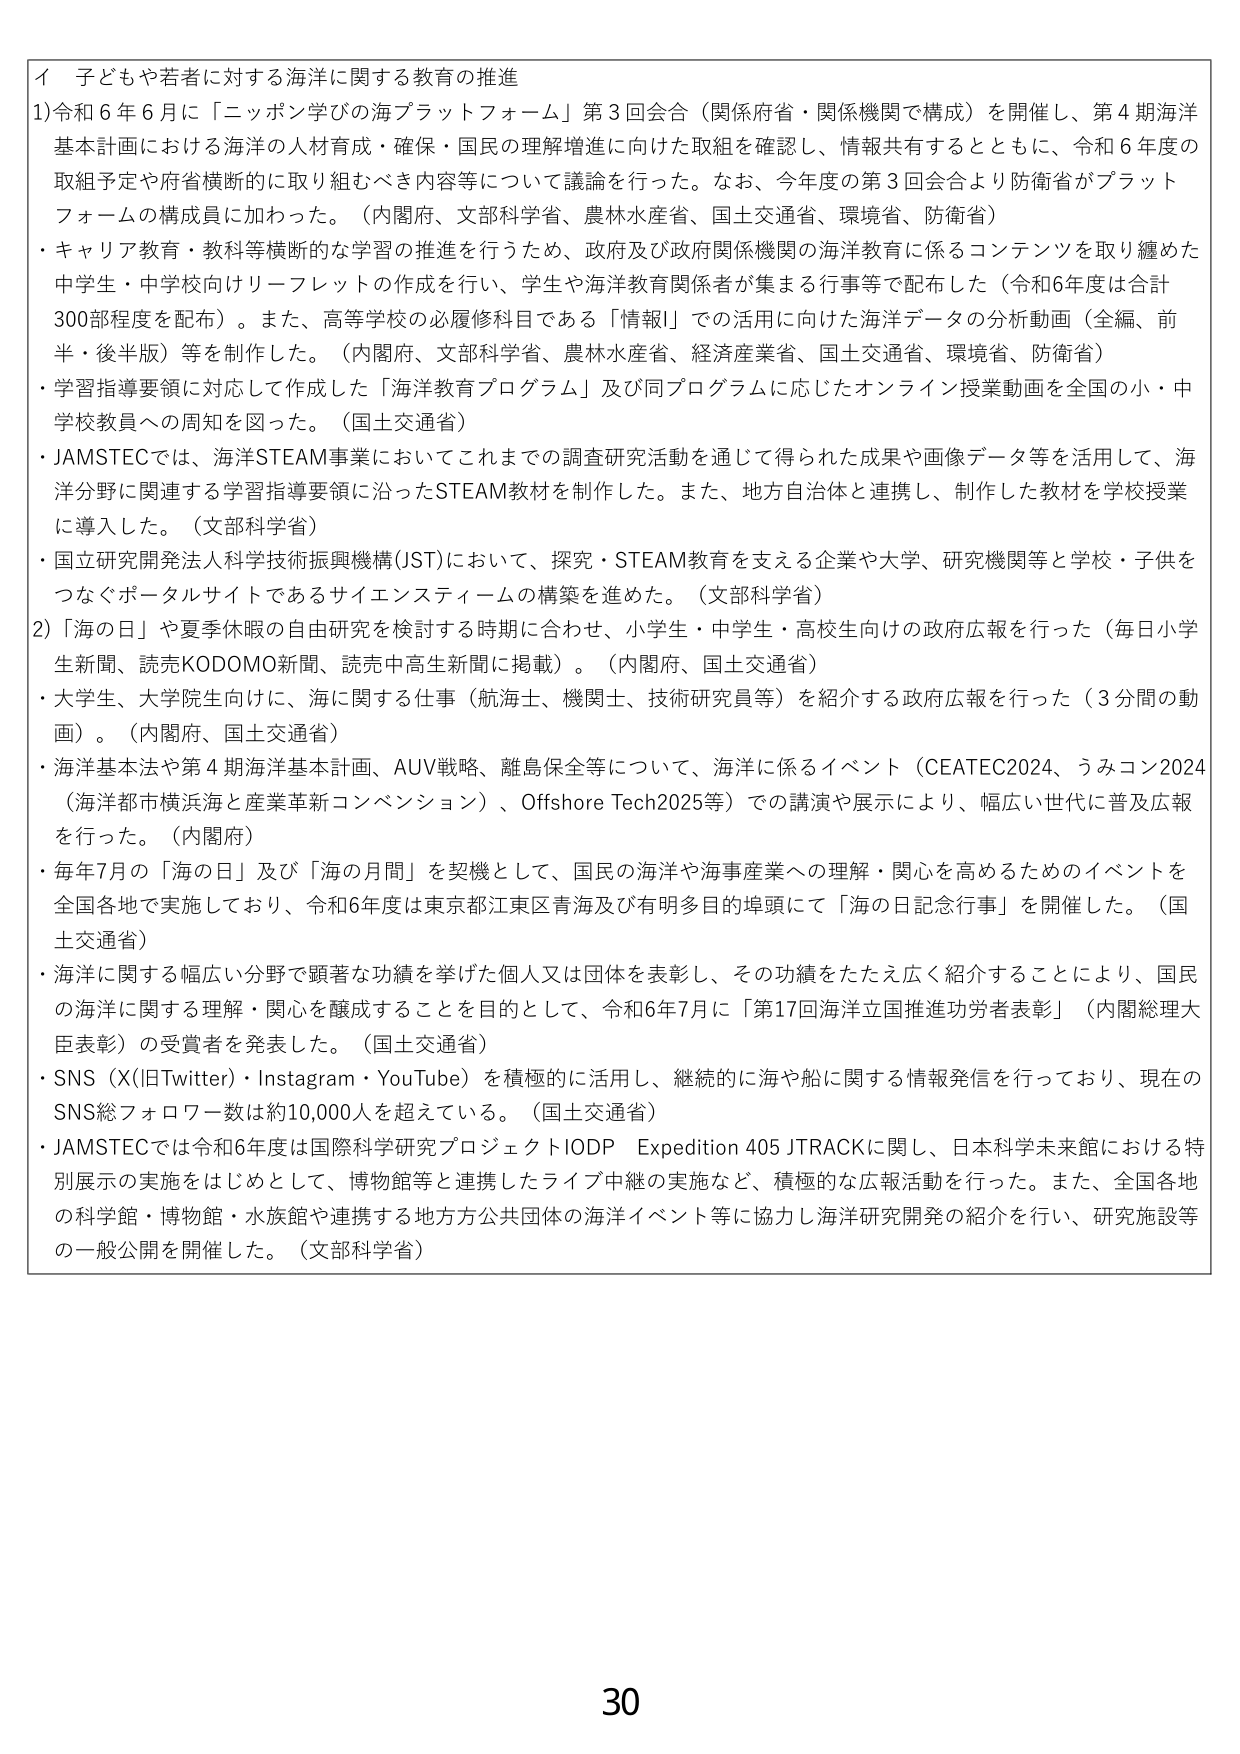
イ 子どもや若者に対する海洋に関する教育の推進
1) 令和6年6月に「ニッポン学びの海プラットフォーム」第3回会合（関係府省・関係機関で構成）を開催し、第4期海洋基本計画における海洋の人材育成・確保・国民の理解増進に向けた取組を確認し、情報共有するとともに、令和6年度の取組予定や府省横断的に取り組むべき内容等について議論を行った。なお、今年度の第3回会合より防衛省がプラットフォームの構成員に加わった。（内閣府、文部科学省、農林水産省、国土交通省、環境省、防衛省）
・キャリア教育・教科等横断的な学習の推進を行うため、政府及び政府関係機関の海洋教育に係るコンテンツを取り纏めた中学生・中学校向けリーフレットの作成を行い、学生や海洋教育関係者が集まる行事等で配布した（令和6年度は合計300部程度を配布）。また、高等学校の必履修科目である「情報」での活用に向けた海洋データの分析動画（全編、前半・後半版）等を制作した。（内閣府、文部科学省、農林水産省、経済産業省、国土交通省、環境省、防衛省）
・学習指導要領に対応して作成した「海洋教育プログラム」及び同プログラムに応じたオンライン授業動画を全国の小・中学校教員への周知を図った。（国土交通省）
・JAMSTECでは、海洋STEAM事業においてこれまでの調査研究活動を通じて得られた成果や画像データ等を活用して、海洋分野に関連する学習指導要領に沿ったSTEAM教材を制作した。また、地方自治体と連携し、制作した教材を学校授業に導入した。（文部科学省）
・国立研究開発法人科学技術振興機構(JST)において、探究・STEAM教育を支える企業や大学、研究機関等と学校・子供をつなぐポータルサイトであるサイエンスティームの構築を進めた。（文部科学省）
2) 「海の日」や夏季休暇の自由研究を検討する時期に合わせ、小学生・中学生・高校生向けの政府広報を行った（毎日小学生新聞、読売KODOMO新聞、読売中高生新聞に掲載）。（内閣府、国土交通省）
・大学生、大学院生向けに、海に関する仕事（航海士、機関士、技術研究員等）を紹介する政府広報を行った（3分間の動画）。（内閣府、国土交通省）
・海洋基本法や第4期海洋基本計画、AUV戦略、離島保全等について、海洋に係るイベント（CEATEC2024、うみコン2024（海洋都市横浜海と産業革新コンベンション）、Offshore Tech2025等）での講演や展示により、幅広い世代に普及広報を行った。（内閣府）
・毎年7月の「海の日」及び「海の月間」を契機として、国民の海洋や海事産業への理解・関心を高めるためのイベントを全国各地で実施しており、令和6年度は東京都江東区青海及び有明多目的埠頭にて「海の日記念行事」を開催した。（国土交通省）
・海洋に関する幅広い分野で顕著な功績を挙げた個人又は団体を表彰し、その功績をたたえ広く紹介することにより、国民の海洋に関する理解・関心を醸成することを目的として、令和6年7月に「第17回海洋立国推進功労者表彰」（内閣総理大臣表彰）の受賞者を発表した。（国土交通省）
・SNS（X(旧Twitter)・Instagram・YouTube）を積極的に活用し、継続的に海や船に関する情報発信を行っており、現在のSNS総フォロワー数は約10,000人を超えている。（国土交通省）
・JAMSTECでは令和6年度は国際科学研究プロジェクトIODP Expedition 405 JTRACKに関し、日本科学未来館における特別展示の実施をはじめとして、博物館等と連携したライブ中継の実施など、積極的な広報活動を行った。また、全国各地の科学館・博物館・水族館や連携する地方公共団体の海洋イベント等に協力し海洋研究開発の紹介を行い、研究施設等の一般公開を開催した。（文部科学省）
30